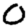
Digit: 0